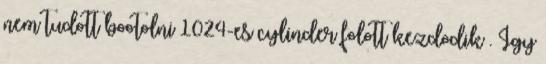
nem tudott bootolni 1024-es cylinder folott kezdodik . Igy